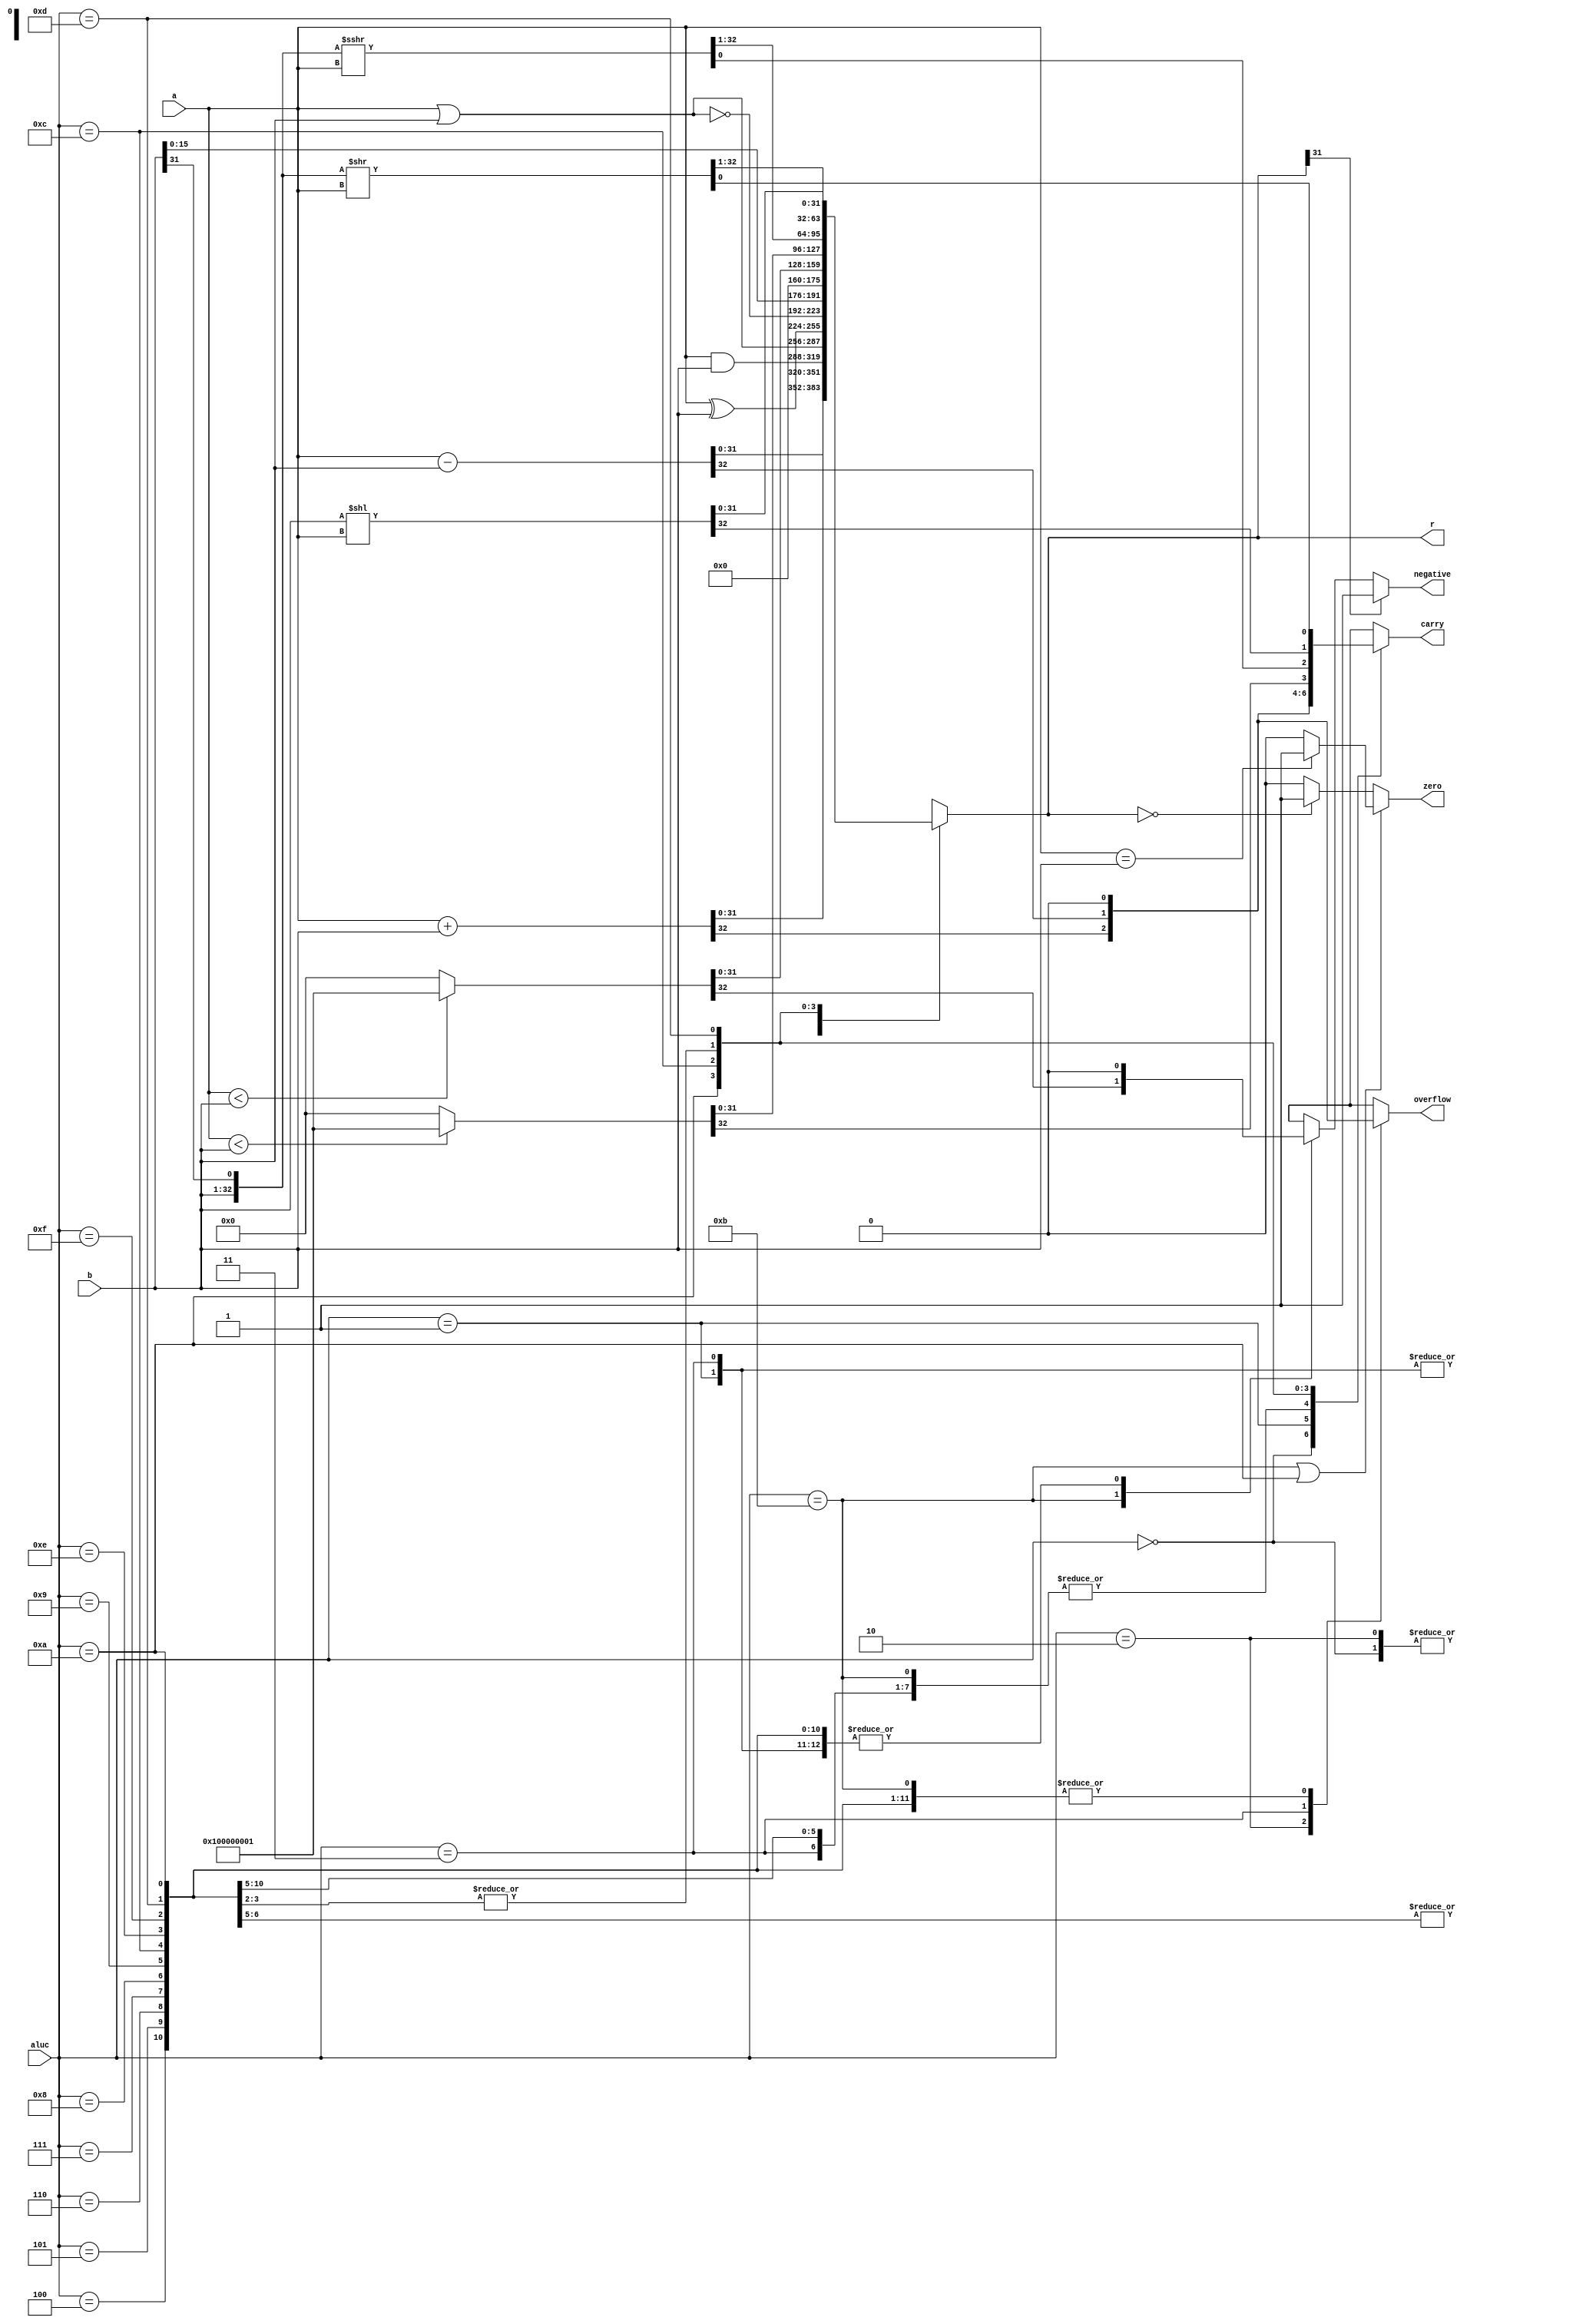
//ALU 
module alu(
    input [31:0]a,
    input [31:0]b,
    input [3:0]aluc,
    output reg [31:0]r,
    output reg zero,
    output reg carry,
    output reg negative,
    output reg overflow
    );
    reg allzero;
    initial allzero=0;
    always @(*) begin
            zero=0;
            carry=0;
            negative=0;
            overflow=0;
        case(aluc)
            4'b0000:{carry,r}=a+b;//ADDU
            4'b0010:{overflow,r}=a+b;//ADD
            4'b0001:{carry,r}=a-b;//SUBU
            4'b0011:{overflow,r}=a-b;//SUB
            4'b0100:r=a&b;//AND
            4'b0101:r=a|b;//OR
            4'b0110:r=a^b;//XOR
            4'b0111:r=~(a|b);//NOR
            //LUI
            4'b1000:r={b[15:0],16'b0};
            4'b1001:r={b[15:0],16'b0};
            4'b1011:{negative,r}=($signed(a) <$signed(b) )?33'h100000001:0;//SLT
            4'b1010:{carry,r}=({allzero,a}<{allzero,b})?33'h100000001:0;//SLTU
            4'b1100:{r,carry}=$signed({b,b[31]})>>>a;//SRA
            4'b1110:{carry,r}=b<<a;//SLA/SLR
            4'b1111:{carry,r}=b<<a;//SLA/SLR
            4'b1101:{r,carry}={b,b[31]}>>a;//SRL
            default:
             $display("Invalid ALU control signal");
        endcase
         if(r==32'b0)
            zero=1;
         if(aluc==4'b1011||aluc==4'b1010)
            zero=a==b?1:0;
         if(r[31]==1)
            negative=1;
    end 
endmodule